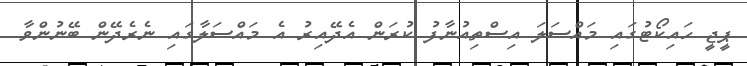
ޕީޖީ ހައިކޯޓުގައި މައްސަލަ އިސްތިއުނާފު ކުރަން އެދޭއިރު އެ މައްސަލާގައި ނެރެދޭން ބޭނުންވާ